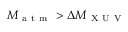
M _ { \mathrm { ~ a ~ t ~ m ~ } } > \Delta M _ { \mathrm { ~ X ~ U ~ V ~ } }